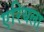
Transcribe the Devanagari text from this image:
एरियला